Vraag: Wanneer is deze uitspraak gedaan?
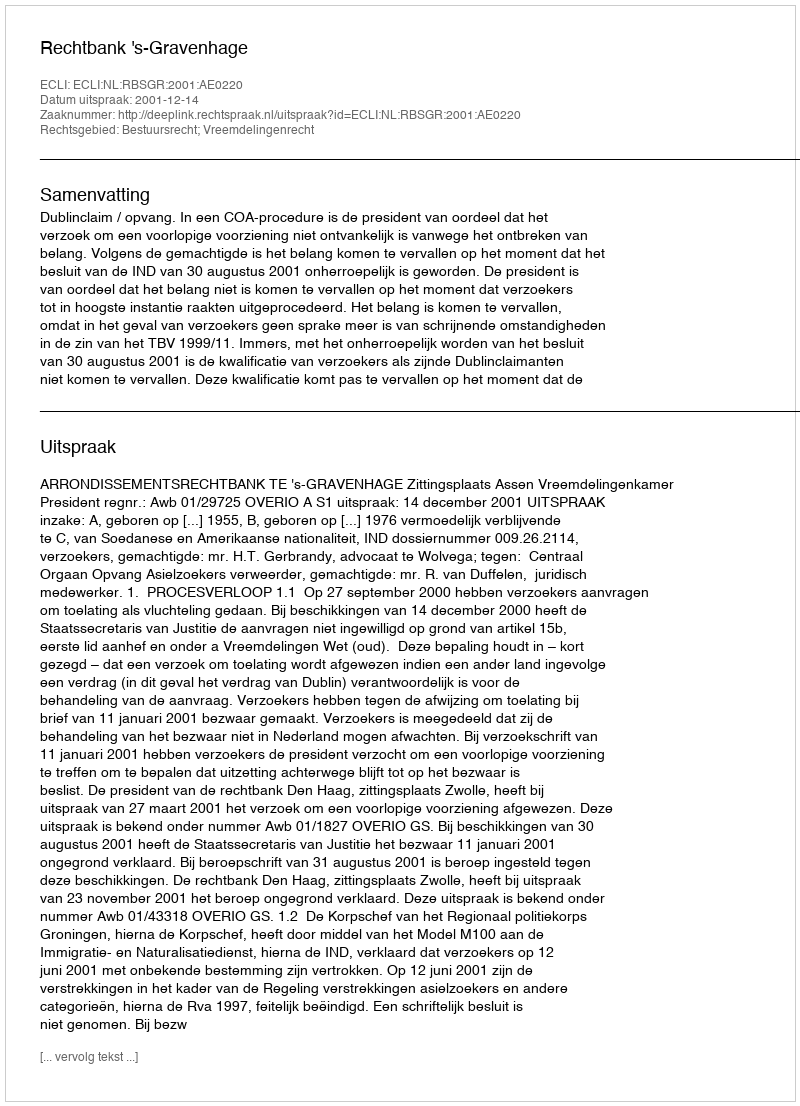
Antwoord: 2001-12-14